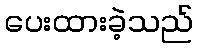
ပေးထားခဲ့သည်